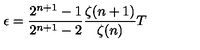
\epsilon = \frac { 2 ^ { n + 1 } - 1 } { 2 ^ { n + 1 } - 2 } \frac { \zeta ( n + 1 ) } { \zeta ( n ) } T